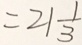
= 2 1 \frac { 1 } { 3 }